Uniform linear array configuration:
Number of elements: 12
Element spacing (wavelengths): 0.75
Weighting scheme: binomial
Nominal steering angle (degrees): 15
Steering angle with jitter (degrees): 16.425
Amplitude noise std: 0.05
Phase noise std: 0.05

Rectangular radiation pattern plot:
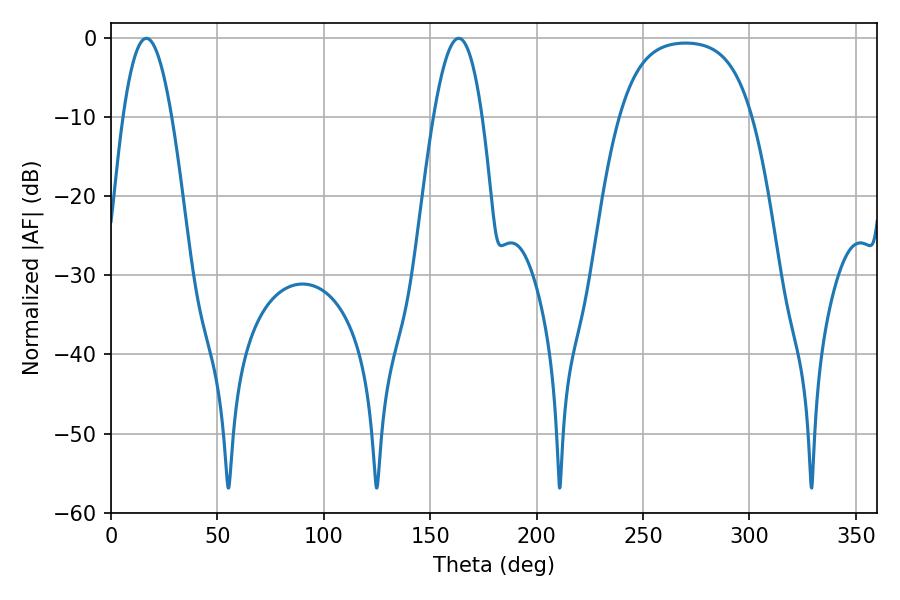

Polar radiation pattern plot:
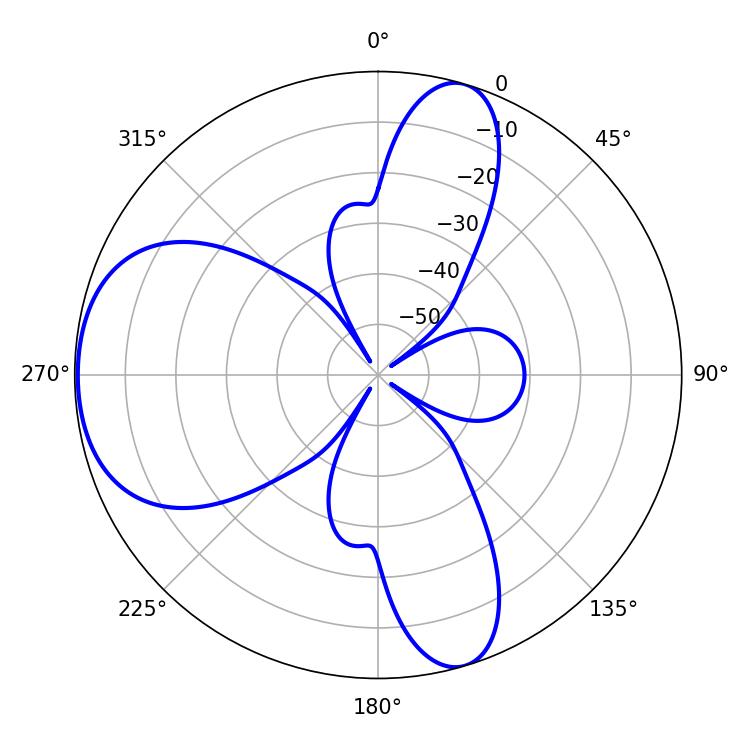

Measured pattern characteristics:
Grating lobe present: TRUE
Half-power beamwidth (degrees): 12.6
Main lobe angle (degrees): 16.56